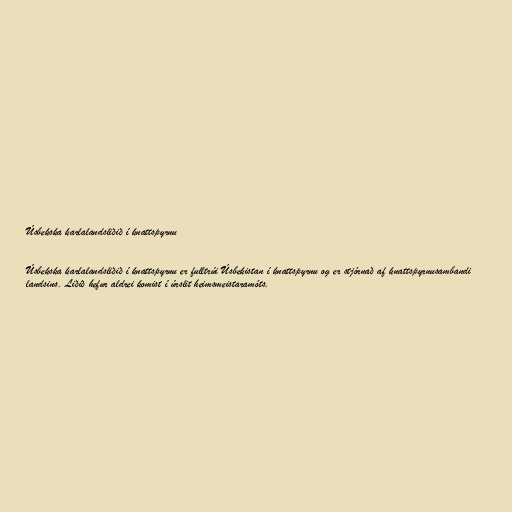
Úsbekska karlalandsliðið í knattspyrnu

Úsbekska karlalandsliðið í knattspyrnu er fulltrúi Úsbekistan í knattspyrnu og er stjórnað af knattspyrnusambandi
landsins. Liðið hefur aldrei komist í úrslit heimsmeistaramóts.